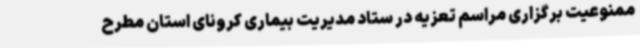
ممنوعیت برگزاری مراسم تعزیه در ستاد مدیریت بیماری کرونای استان مطرح